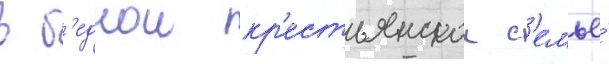
в б'еднои кр'естьянскои с'емье́